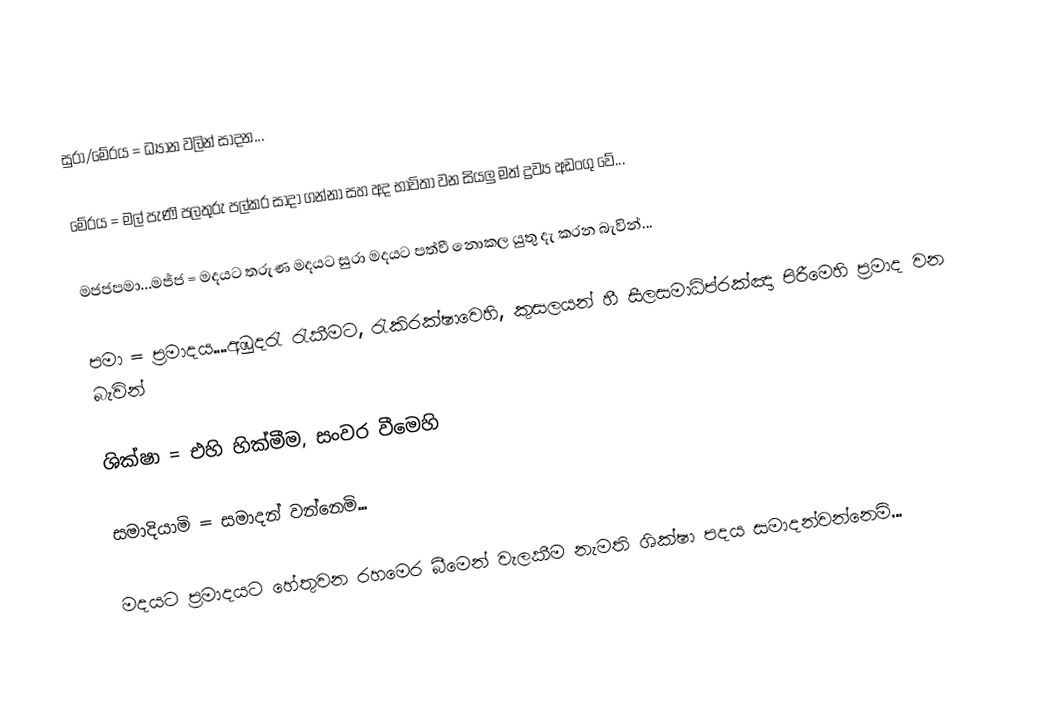
සුරා/මේරය = ධ්‍යාන වලින් සාදන...

මේරය = මල් පැණි පලතුරු පල්කර සාදා ගන්නා සහ අද භාවිතා වන සියලු මත් ද්‍රව්‍ය අඩංගු වේ...

මජජපමා...මජ්ජ = මදයට  තරුණ මදයට සුරා මදයට පත්වී නොකල යුතු දැ කරන බැවින්...

පමා = ප්‍රමාදය....අඹුදරැ රැකීමට, රැකිරක්ෂාවෙහි, කුසලයන් හී  සීලසමාධිප්රක්ඤා පිරීමෙහි ප්‍රමාද වන බැවින්

ශික්ෂා = එහි හික්මීම, සංවර වීමෙහි

සමාදියාමි =  සමාදන් වන්නෙමි...

මදයට ප්‍රමාදයට හේතුවන රහමෙර බීමෙන් වැලකීම නැමති ශික්ෂා පදය සමාදන්වන්නෙමි...